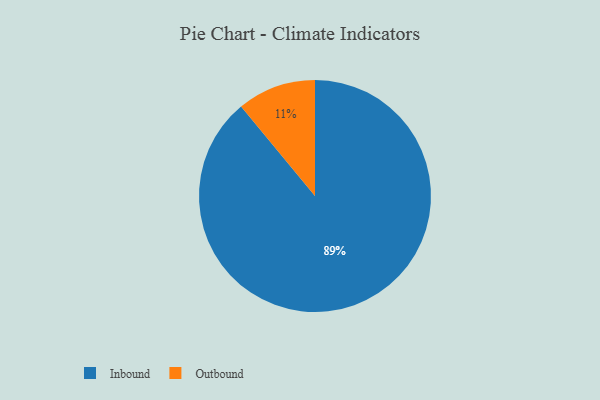
{"axis": {"x": "Category", "y": "Percentage"}, "legend": ["Inbound", "Outbound"], "data": [{"x": "Inbound", "y": 89, "type": "Inbound"}, {"x": "Outbound", "y": 11, "type": "Outbound"}]}